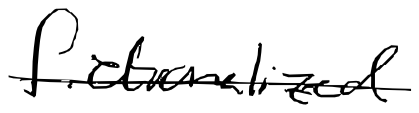
Text: fictionalized
Cross-out: single-line
Writing tool: digital_black